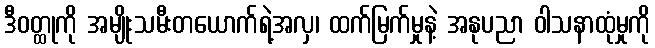
ဒီဝတ္ထုကို အမျိုးသမီးတယောက်ရဲ့အလှ၊ ထက်မြက်မှုနဲ့ အနုပညာ ဝါသနာထုံမှုကို